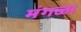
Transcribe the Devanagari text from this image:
मंगळा